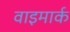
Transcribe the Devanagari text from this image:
वाइमार्क